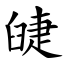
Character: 䑖